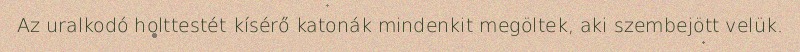
Az uralkodó holttestét kísérő katonák mindenkit megöltek, aki szembejött velük.